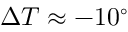
\Delta T \approx - 1 0 ^ { \circ }